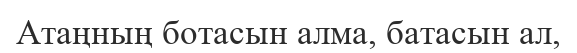
Атаңның ботасын алма, батасын ал,